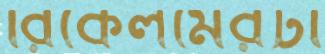
রিকেলমেরটা